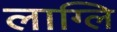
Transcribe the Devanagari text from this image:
लाग्लि